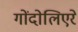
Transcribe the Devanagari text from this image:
गोंदोलिएरे